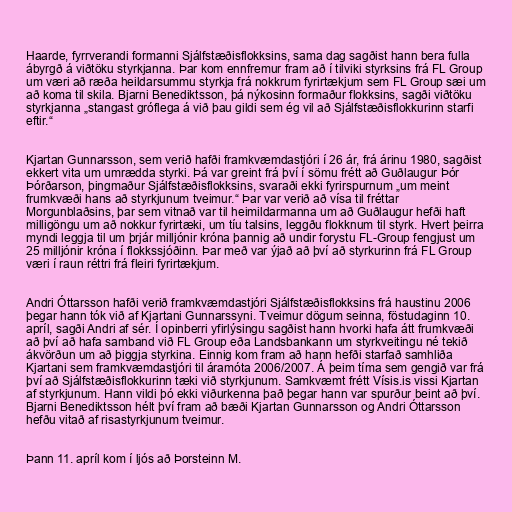
Haarde, fyrrverandi formanni Sjálfstæðisflokksins, sama dag sagðist hann bera fulla
ábyrgð á viðtöku styrkjanna. Þar kom ennfremur fram að í tilviki styrksins frá FL Group
um væri að ræða heildarsummu styrkja frá nokkrum fyrirtækjum sem FL Group sæi um
að koma til skila. Bjarni Benediktsson, þá nýkosinn formaður flokksins, sagði viðtöku
styrkjanna „stangast gróflega á við þau gildi sem ég vil að Sjálfstæðisflokkurinn starfi
eftir.“

Kjartan Gunnarsson, sem verið hafði framkvæmdastjóri í 26 ár, frá árinu 1980, sagðist
ekkert vita um umrædda styrki. Þá var greint frá því í sömu frétt að Guðlaugur Þór
Þórðarson, þingmaður Sjálfstæðisflokksins, svaraði ekki fyrirspurnum „um meint
frumkvæði hans að styrkjunum tveimur.“ Þar var verið að vísa til fréttar
Morgunblaðsins, þar sem vitnað var til heimildarmanna um að Guðlaugur hefði haft
milligöngu um að nokkur fyrirtæki, um tíu talsins, leggðu flokknum til styrk. Hvert þeirra
myndi leggja til um þrjár milljónir króna þannig að undir forystu FL-Group fengjust um
25 milljónir króna í flokkssjóðinn. Þar með var ýjað að því að styrkurinn frá FL Group
væri í raun réttri frá fleiri fyrirtækjum.

Andri Óttarsson hafði verið framkvæmdastjóri Sjálfstæðisflokksins frá haustinu 2006
þegar hann tók við af Kjartani Gunnarssyni. Tveimur dögum seinna, föstudaginn 10.
apríl, sagði Andri af sér. Í opinberri yfirlýsingu sagðist hann hvorki hafa átt frumkvæði
að því að hafa samband við FL Group eða Landsbankann um styrkveitingu né tekið
ákvörðun um að þiggja styrkina. Einnig kom fram að hann hefði starfað samhliða
Kjartani sem framkvæmdastjóri til áramóta 2006/2007. Á þeim tíma sem gengið var frá
því að Sjálfstæðisflokkurinn tæki við styrkjunum. Samkvæmt frétt Vísis.is vissi Kjartan
af styrkjunum. Hann vildi þó ekki viðurkenna það þegar hann var spurður beint að því.
Bjarni Benediktsson hélt því fram að bæði Kjartan Gunnarsson og Andri Óttarsson
hefðu vitað af risastyrkjunum tveimur.

Þann 11. apríl kom í ljós að Þorsteinn M.